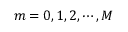
m = 0 , 1 , 2 , \cdots , M